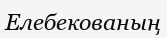
Елебекованың